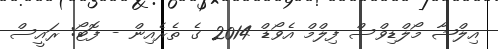
އިލްޝާ މޯލްޑިވްސް ފިލްމް އެވޯޑް 2014 ގެ ތެރެއިން - ފޮޓޯ: ރައީސް